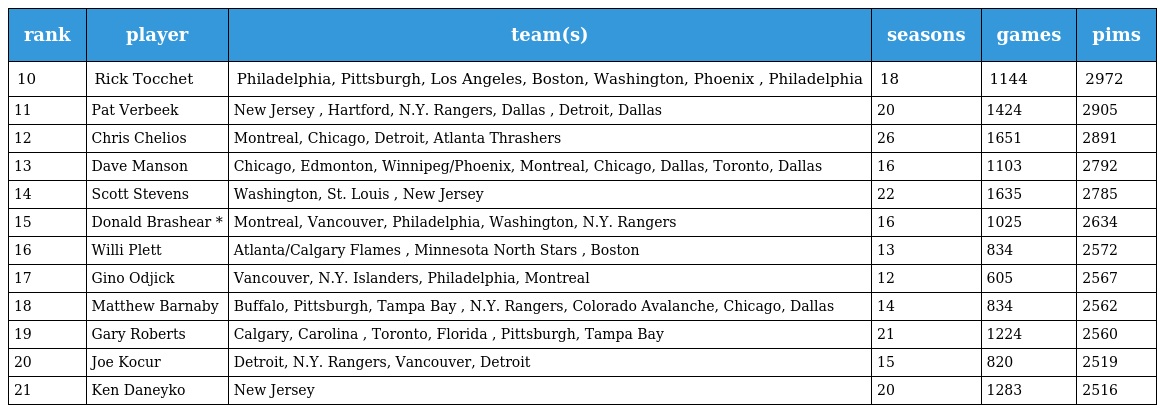
| rank | player | team(s) | seasons | games | pims |
 | --- | --- | --- | --- | --- | --- |
 | 10 | Rick Tocchet | Philadelphia, Pittsburgh, Los Angeles, Boston, Washington, Phoenix , Philadelphia | 18 | 1144 | 2972 |
 | 11 | Pat Verbeek | New Jersey , Hartford, N.Y. Rangers, Dallas , Detroit, Dallas | 20 | 1424 | 2905 |
 | 12 | Chris Chelios | Montreal, Chicago, Detroit, Atlanta Thrashers | 26 | 1651 | 2891 |
 | 13 | Dave Manson | Chicago, Edmonton, Winnipeg/Phoenix, Montreal, Chicago, Dallas, Toronto, Dallas | 16 | 1103 | 2792 |
 | 14 | Scott Stevens | Washington, St. Louis , New Jersey | 22 | 1635 | 2785 |
 | 15 | Donald Brashear * | Montreal, Vancouver, Philadelphia, Washington, N.Y. Rangers | 16 | 1025 | 2634 |
 | 16 | Willi Plett | Atlanta/Calgary Flames , Minnesota North Stars , Boston | 13 | 834 | 2572 |
 | 17 | Gino Odjick | Vancouver, N.Y. Islanders, Philadelphia, Montreal | 12 | 605 | 2567 |
 | 18 | Matthew Barnaby | Buffalo, Pittsburgh, Tampa Bay , N.Y. Rangers, Colorado Avalanche, Chicago, Dallas | 14 | 834 | 2562 |
 | 19 | Gary Roberts | Calgary, Carolina , Toronto, Florida , Pittsburgh, Tampa Bay | 21 | 1224 | 2560 |
 | 20 | Joe Kocur | Detroit, N.Y. Rangers, Vancouver, Detroit | 15 | 820 | 2519 |
 | 21 | Ken Daneyko | New Jersey | 20 | 1283 | 2516 |